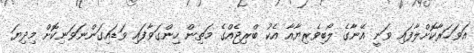
އަވަހަރާކޮށްލާފައި ވަނީ އޭނާގެ ލޯބިވެރިޔާއާ އެކު ބްރިޖެއްގެ މަތިން ހިންގަވާފައި ވަޑައިގަންނަވަނިކޮށް މިދިޔަ